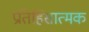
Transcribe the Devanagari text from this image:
प्रतिहिंसात्मक